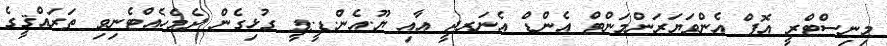
މިނިސްޓްރީ އޮފް އެންވަޔަރަންމަންޓް އެންޑް އެނަރޖީ އާއި ޔޫ.އެން.ޑީ.ޕީ ގުޅިގެން ދެމެހެއްޓެނިވި ތަރައްޤީގެ